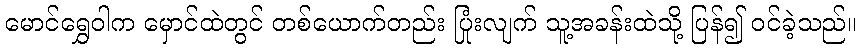
မောင်ရွှေဝါက မှောင်ထဲတွင် တစ်ယောက်တည်း ပြုံးလျက် သူ့အခန်းထဲသို့ ပြန်၍ ဝင်ခဲ့သည်။